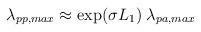
LaTeX: \begin{align*}\lambda_{pp,max} \approx \exp(\sigma L_1) \; \lambda_{pa,max}\end{align*}